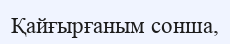
Қайғырғаным сонша,